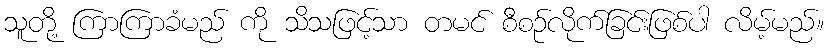
သူတို့ ကြာကြာခံမည် ကို သိသဖြင့်သာ တမင် စီစဉ်လိုက်ခြင်းဖြစ်ပါ လိမ့်မည်။